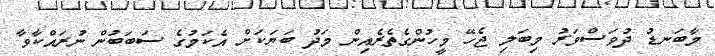
މާބަނޑު ދުވަސްވަރު މިބަލި ޖެހޭ މީހުންގެތެރެއިން މަދު ބަޔަކަށް އެކަމުގެ ސަބަބުން ނުރައްކާވާ